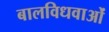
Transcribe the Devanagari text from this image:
बालविधवाओं